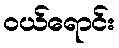
ဝယ်ရောင်း